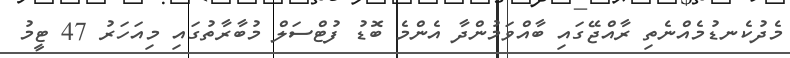
މެދުކެނޑުމެއްނެތި ރާއްޖޭގައި ބާއްވަމުންދާ އެންމެ ބޮޑު ފުޓްސަލް މުބާރާތުގައި މިއަހަރު 47 ޓީމު